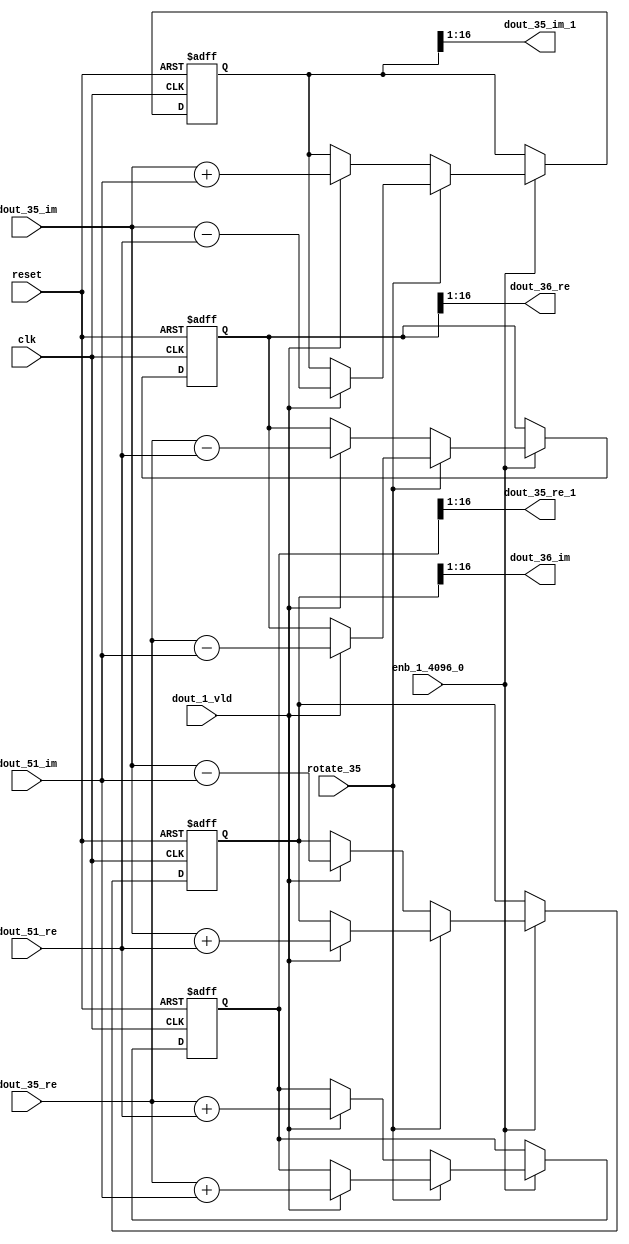
// -------------------------------------------------------------
// 
// 
// Generated by MATLAB 9.14 and HDL Coder 4.1
// 
// -------------------------------------------------------------


// -------------------------------------------------------------
// 
// Module: RADIX22FFT_SDNF2_4_block16
// Source Path: dsphdl.IFFT/RADIX22FFT_SDNF2_4
// Hierarchy Level: 4
// 
// -------------------------------------------------------------

`timescale 1 ns / 1 ns

module RADIX22FFT_SDNF2_4_block16
          (clk,
           reset,
           enb_1_4096_0,
           rotate_35,
           dout_35_re,
           dout_35_im,
           dout_51_re,
           dout_51_im,
           dout_1_vld,
           dout_35_re_1,
           dout_35_im_1,
           dout_36_re,
           dout_36_im);


  input   clk;
  input   reset;
  input   enb_1_4096_0;
  input   rotate_35;  // ufix1
  input   signed [15:0] dout_35_re;  // sfix16_En14
  input   signed [15:0] dout_35_im;  // sfix16_En14
  input   signed [15:0] dout_51_re;  // sfix16_En14
  input   signed [15:0] dout_51_im;  // sfix16_En14
  input   dout_1_vld;
  output  signed [15:0] dout_35_re_1;  // sfix16_En14
  output  signed [15:0] dout_35_im_1;  // sfix16_En14
  output  signed [15:0] dout_36_re;  // sfix16_En14
  output  signed [15:0] dout_36_im;  // sfix16_En14


  reg  Radix22ButterflyG2_NF_din_vld_dly;
  reg signed [16:0] Radix22ButterflyG2_NF_btf1_re_reg;  // sfix17
  reg signed [16:0] Radix22ButterflyG2_NF_btf1_im_reg;  // sfix17
  reg signed [16:0] Radix22ButterflyG2_NF_btf2_re_reg;  // sfix17
  reg signed [16:0] Radix22ButterflyG2_NF_btf2_im_reg;  // sfix17
  reg  Radix22ButterflyG2_NF_din_vld_dly_next;
  reg signed [16:0] Radix22ButterflyG2_NF_btf1_re_reg_next;  // sfix17_En14
  reg signed [16:0] Radix22ButterflyG2_NF_btf1_im_reg_next;  // sfix17_En14
  reg signed [16:0] Radix22ButterflyG2_NF_btf2_re_reg_next;  // sfix17_En14
  reg signed [16:0] Radix22ButterflyG2_NF_btf2_im_reg_next;  // sfix17_En14
  reg signed [15:0] dout_35_re_2;  // sfix16_En14
  reg signed [15:0] dout_35_im_2;  // sfix16_En14
  reg signed [15:0] dout_36_re_1;  // sfix16_En14
  reg signed [15:0] dout_36_im_1;  // sfix16_En14
  reg  dout_4_vld;
  reg signed [16:0] Radix22ButterflyG2_NF_add_cast;  // sfix17_En14
  reg signed [16:0] Radix22ButterflyG2_NF_add_cast_0;  // sfix17_En14
  reg signed [16:0] Radix22ButterflyG2_NF_add_cast_1;  // sfix17_En14
  reg signed [16:0] Radix22ButterflyG2_NF_add_cast_2;  // sfix17_En14
  reg signed [16:0] Radix22ButterflyG2_NF_sub_cast;  // sfix17_En14
  reg signed [16:0] Radix22ButterflyG2_NF_sub_cast_0;  // sfix17_En14
  reg signed [16:0] Radix22ButterflyG2_NF_sub_cast_1;  // sfix17_En14
  reg signed [16:0] Radix22ButterflyG2_NF_sub_cast_2;  // sfix17_En14
  reg signed [16:0] Radix22ButterflyG2_NF_sra_temp;  // sfix17_En14
  reg signed [16:0] Radix22ButterflyG2_NF_add_cast_3;  // sfix17_En14
  reg signed [16:0] Radix22ButterflyG2_NF_add_cast_4;  // sfix17_En14
  reg signed [16:0] Radix22ButterflyG2_NF_add_cast_5;  // sfix17_En14
  reg signed [16:0] Radix22ButterflyG2_NF_add_cast_6;  // sfix17_En14
  reg signed [16:0] Radix22ButterflyG2_NF_sra_temp_0;  // sfix17_En14
  reg signed [16:0] Radix22ButterflyG2_NF_sub_cast_3;  // sfix17_En14
  reg signed [16:0] Radix22ButterflyG2_NF_sub_cast_4;  // sfix17_En14
  reg signed [16:0] Radix22ButterflyG2_NF_sub_cast_5;  // sfix17_En14
  reg signed [16:0] Radix22ButterflyG2_NF_sub_cast_6;  // sfix17_En14
  reg signed [16:0] Radix22ButterflyG2_NF_sra_temp_1;  // sfix17_En14
  reg signed [16:0] Radix22ButterflyG2_NF_sra_temp_2;  // sfix17_En14


  // Radix22ButterflyG2_NF
  always @(posedge clk or posedge reset)
    begin : Radix22ButterflyG2_NF_process
      if (reset == 1'b1) begin
        Radix22ButterflyG2_NF_din_vld_dly <= 1'b0;
        Radix22ButterflyG2_NF_btf1_re_reg <= 17'sb00000000000000000;
        Radix22ButterflyG2_NF_btf1_im_reg <= 17'sb00000000000000000;
        Radix22ButterflyG2_NF_btf2_re_reg <= 17'sb00000000000000000;
        Radix22ButterflyG2_NF_btf2_im_reg <= 17'sb00000000000000000;
      end
      else begin
        if (enb_1_4096_0) begin
          Radix22ButterflyG2_NF_din_vld_dly <= Radix22ButterflyG2_NF_din_vld_dly_next;
          Radix22ButterflyG2_NF_btf1_re_reg <= Radix22ButterflyG2_NF_btf1_re_reg_next;
          Radix22ButterflyG2_NF_btf1_im_reg <= Radix22ButterflyG2_NF_btf1_im_reg_next;
          Radix22ButterflyG2_NF_btf2_re_reg <= Radix22ButterflyG2_NF_btf2_re_reg_next;
          Radix22ButterflyG2_NF_btf2_im_reg <= Radix22ButterflyG2_NF_btf2_im_reg_next;
        end
      end
    end

  always @(Radix22ButterflyG2_NF_btf1_im_reg, Radix22ButterflyG2_NF_btf1_re_reg,
       Radix22ButterflyG2_NF_btf2_im_reg, Radix22ButterflyG2_NF_btf2_re_reg,
       Radix22ButterflyG2_NF_din_vld_dly, dout_1_vld, dout_35_im, dout_35_re,
       dout_51_im, dout_51_re, rotate_35) begin
    Radix22ButterflyG2_NF_add_cast_1 = 17'sb00000000000000000;
    Radix22ButterflyG2_NF_add_cast_2 = 17'sb00000000000000000;
    Radix22ButterflyG2_NF_sub_cast_1 = 17'sb00000000000000000;
    Radix22ButterflyG2_NF_sub_cast_2 = 17'sb00000000000000000;
    Radix22ButterflyG2_NF_add_cast_5 = 17'sb00000000000000000;
    Radix22ButterflyG2_NF_add_cast_6 = 17'sb00000000000000000;
    Radix22ButterflyG2_NF_sub_cast_5 = 17'sb00000000000000000;
    Radix22ButterflyG2_NF_sub_cast_6 = 17'sb00000000000000000;
    Radix22ButterflyG2_NF_add_cast = 17'sb00000000000000000;
    Radix22ButterflyG2_NF_add_cast_0 = 17'sb00000000000000000;
    Radix22ButterflyG2_NF_sub_cast = 17'sb00000000000000000;
    Radix22ButterflyG2_NF_sub_cast_0 = 17'sb00000000000000000;
    Radix22ButterflyG2_NF_add_cast_3 = 17'sb00000000000000000;
    Radix22ButterflyG2_NF_add_cast_4 = 17'sb00000000000000000;
    Radix22ButterflyG2_NF_sub_cast_3 = 17'sb00000000000000000;
    Radix22ButterflyG2_NF_sub_cast_4 = 17'sb00000000000000000;
    Radix22ButterflyG2_NF_btf1_re_reg_next = Radix22ButterflyG2_NF_btf1_re_reg;
    Radix22ButterflyG2_NF_btf1_im_reg_next = Radix22ButterflyG2_NF_btf1_im_reg;
    Radix22ButterflyG2_NF_btf2_re_reg_next = Radix22ButterflyG2_NF_btf2_re_reg;
    Radix22ButterflyG2_NF_btf2_im_reg_next = Radix22ButterflyG2_NF_btf2_im_reg;
    Radix22ButterflyG2_NF_din_vld_dly_next = dout_1_vld;
    if (rotate_35 != 1'b0) begin
      if (dout_1_vld) begin
        Radix22ButterflyG2_NF_add_cast_1 = {dout_35_re[15], dout_35_re};
        Radix22ButterflyG2_NF_add_cast_2 = {dout_51_im[15], dout_51_im};
        Radix22ButterflyG2_NF_btf1_re_reg_next = Radix22ButterflyG2_NF_add_cast_1 + Radix22ButterflyG2_NF_add_cast_2;
        Radix22ButterflyG2_NF_sub_cast_1 = {dout_35_re[15], dout_35_re};
        Radix22ButterflyG2_NF_sub_cast_2 = {dout_51_im[15], dout_51_im};
        Radix22ButterflyG2_NF_btf2_re_reg_next = Radix22ButterflyG2_NF_sub_cast_1 - Radix22ButterflyG2_NF_sub_cast_2;
        Radix22ButterflyG2_NF_add_cast_5 = {dout_35_im[15], dout_35_im};
        Radix22ButterflyG2_NF_add_cast_6 = {dout_51_re[15], dout_51_re};
        Radix22ButterflyG2_NF_btf2_im_reg_next = Radix22ButterflyG2_NF_add_cast_5 + Radix22ButterflyG2_NF_add_cast_6;
        Radix22ButterflyG2_NF_sub_cast_5 = {dout_35_im[15], dout_35_im};
        Radix22ButterflyG2_NF_sub_cast_6 = {dout_51_re[15], dout_51_re};
        Radix22ButterflyG2_NF_btf1_im_reg_next = Radix22ButterflyG2_NF_sub_cast_5 - Radix22ButterflyG2_NF_sub_cast_6;
      end
    end
    else if (dout_1_vld) begin
      Radix22ButterflyG2_NF_add_cast = {dout_35_re[15], dout_35_re};
      Radix22ButterflyG2_NF_add_cast_0 = {dout_51_re[15], dout_51_re};
      Radix22ButterflyG2_NF_btf1_re_reg_next = Radix22ButterflyG2_NF_add_cast + Radix22ButterflyG2_NF_add_cast_0;
      Radix22ButterflyG2_NF_sub_cast = {dout_35_re[15], dout_35_re};
      Radix22ButterflyG2_NF_sub_cast_0 = {dout_51_re[15], dout_51_re};
      Radix22ButterflyG2_NF_btf2_re_reg_next = Radix22ButterflyG2_NF_sub_cast - Radix22ButterflyG2_NF_sub_cast_0;
      Radix22ButterflyG2_NF_add_cast_3 = {dout_35_im[15], dout_35_im};
      Radix22ButterflyG2_NF_add_cast_4 = {dout_51_im[15], dout_51_im};
      Radix22ButterflyG2_NF_btf1_im_reg_next = Radix22ButterflyG2_NF_add_cast_3 + Radix22ButterflyG2_NF_add_cast_4;
      Radix22ButterflyG2_NF_sub_cast_3 = {dout_35_im[15], dout_35_im};
      Radix22ButterflyG2_NF_sub_cast_4 = {dout_51_im[15], dout_51_im};
      Radix22ButterflyG2_NF_btf2_im_reg_next = Radix22ButterflyG2_NF_sub_cast_3 - Radix22ButterflyG2_NF_sub_cast_4;
    end
    Radix22ButterflyG2_NF_sra_temp = Radix22ButterflyG2_NF_btf1_re_reg >>> 8'd1;
    dout_35_re_2 = Radix22ButterflyG2_NF_sra_temp[15:0];
    Radix22ButterflyG2_NF_sra_temp_0 = Radix22ButterflyG2_NF_btf1_im_reg >>> 8'd1;
    dout_35_im_2 = Radix22ButterflyG2_NF_sra_temp_0[15:0];
    Radix22ButterflyG2_NF_sra_temp_1 = Radix22ButterflyG2_NF_btf2_re_reg >>> 8'd1;
    dout_36_re_1 = Radix22ButterflyG2_NF_sra_temp_1[15:0];
    Radix22ButterflyG2_NF_sra_temp_2 = Radix22ButterflyG2_NF_btf2_im_reg >>> 8'd1;
    dout_36_im_1 = Radix22ButterflyG2_NF_sra_temp_2[15:0];
    dout_4_vld = Radix22ButterflyG2_NF_din_vld_dly;
  end



  assign dout_35_re_1 = dout_35_re_2;

  assign dout_35_im_1 = dout_35_im_2;

  assign dout_36_re = dout_36_re_1;

  assign dout_36_im = dout_36_im_1;

endmodule  // RADIX22FFT_SDNF2_4_block16